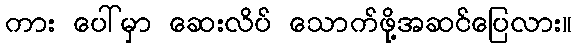
ကား ပေါ်မှာ ဆေးလိပ် သောက်ဖို့အဆင်ပြေလား။